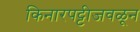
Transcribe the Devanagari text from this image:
किनारपट्टीजवळून